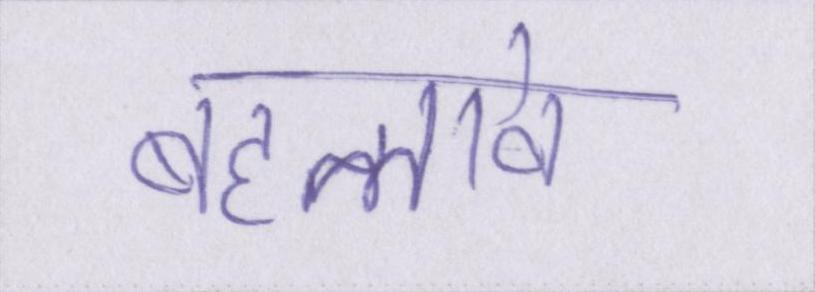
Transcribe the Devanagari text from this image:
बहलावे